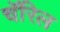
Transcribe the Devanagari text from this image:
चॅरिल